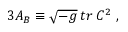
3 { \cal A } _ { B } \equiv \sqrt { - g } \: t r \: C ^ { 2 } \; , \; \; \;